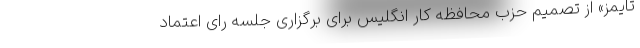
تایمز» از تصمیم حزب محافظه کار انگلیس برای برگزاری جلسه رای اعتماد